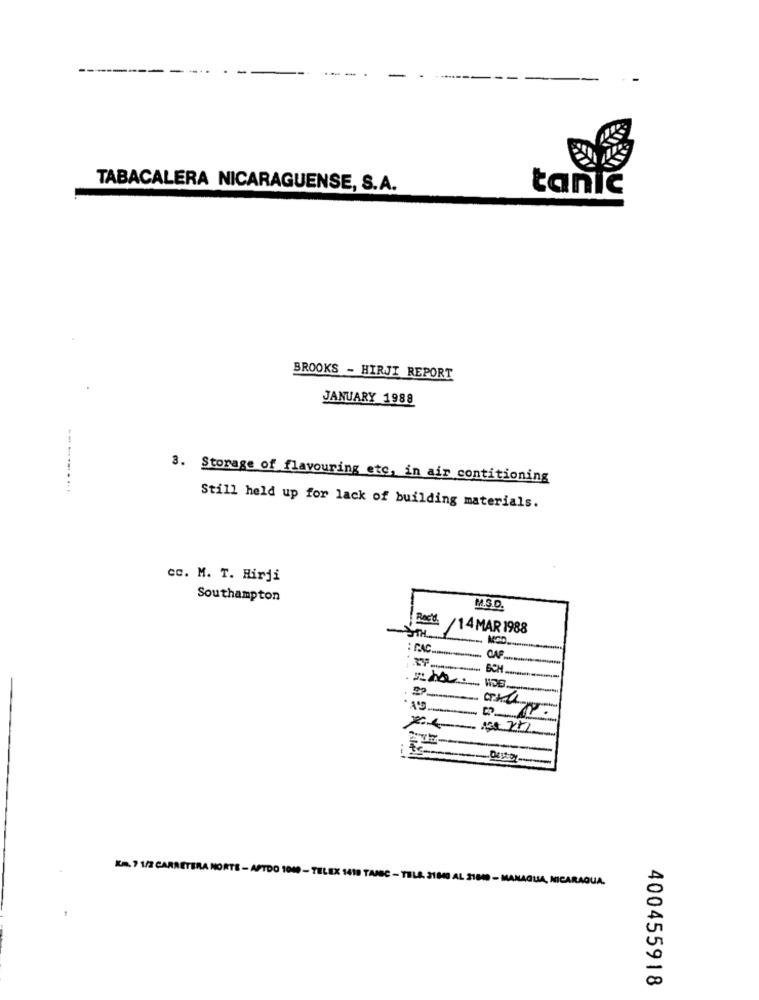
TABACALERA NICARAGUENSE, S.A.
tanic
BROOKS - HIRJI REPORT
JANUARY 1988
3. Storage of flavouring etc, in air contitioning
Still held up for lack of building materials.
cc. M. T. Hirji
Southampton
M.S.D.
Roct /14 MAR 1988
: PAC ..........
CAF
A'S.
Km. 7 1/2 CARRETERA NORTE - APTDO 1040 - TELEX 1418 TARSC - TELS. 31840 AL 31800 - MANAGUA, NICARAGUA.
400455918